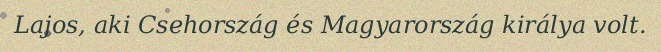
Lajos, aki Csehország és Magyarország királya volt.